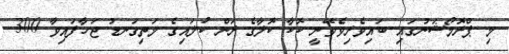
މި ޕްރޮމޯޝަނުގައި ބައިވެރިވެވޭނީ ކޮކާ ކޮލާގެ ރަން ކުލައިގެ މަތިގަނޑު ޖަހާފައިވާ 300